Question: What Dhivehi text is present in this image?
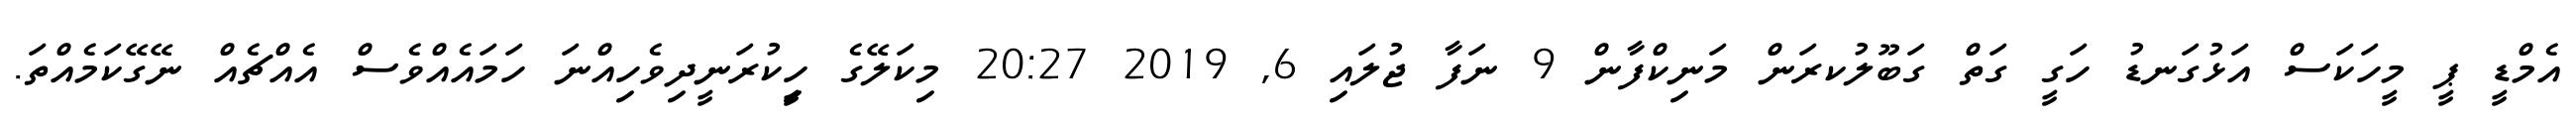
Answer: އެމްޑީ ޕީ މީހަކަސް އަޅުގަނޑު ހަގީ ގަތް ގަބޫލުކރަން މަނިކްފާން 9 ނަފާ ޖުލައި 6, 2019 20:27 މިކަލޭގެ ހީިކުރަނީދިވެހިއްނަ ހަމައެއްވެސް އެއްޗެއް ނޭގޭކަމެއްތަ.